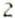
2